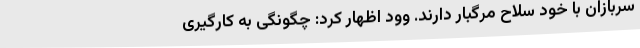
سربازان با خود سلاح مرگبار دارند. وود اظهار کرد: چگونگی به کارگیری